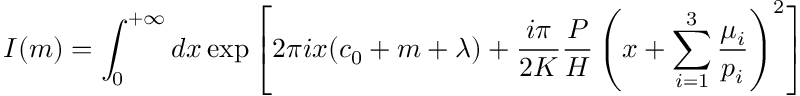
I ( m ) = \int _ { 0 } ^ { + \infty } d x \exp \left[ 2 \pi i x ( c _ { 0 } + m + \lambda ) + \frac { i \pi } { 2 K } \frac { P } { H } \left( x + \sum _ { i = 1 } ^ { 3 } \frac { \mu _ { i } } { p _ { i } } \right) ^ { 2 } \right]